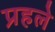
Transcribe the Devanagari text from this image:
प्रहले